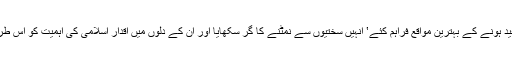
آپ نے نوجوانوں کے اندر مختلف زاویوں سے بیداری پیدا کیں‛ ان کو برجستہ علما سے مستفید ہونے کے بہترین مواقع فراہم کئے‛ انہیں سختیوں سے نمٹنے کا گر سکھایا اور ان کے دلوں میں اقدار اسلامی کی اہمیت کو اس طرح راسخ کر دیا کہ باد مخالف جب بھی ان سے ٹکراتی ہے تو پاش پاش ہوکر فنا ہوجاتی ہے۔